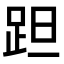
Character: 𨀏